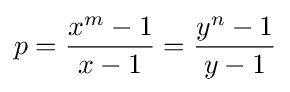
p={\frac {x^{m}-1}{x-1}}={\frac {y^{n}-1}{y-1}}